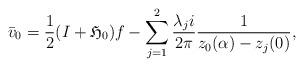
LaTeX: \begin{align*}\bar{v}_0=\frac{1}{2}(I+\mathfrak{H}_0)f-\sum_{j=1}^2 \frac{\lambda_j i}{2\pi}\frac{1}{z_0(\alpha)-z_j(0)},\end{align*}